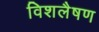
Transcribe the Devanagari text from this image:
विशलैषण